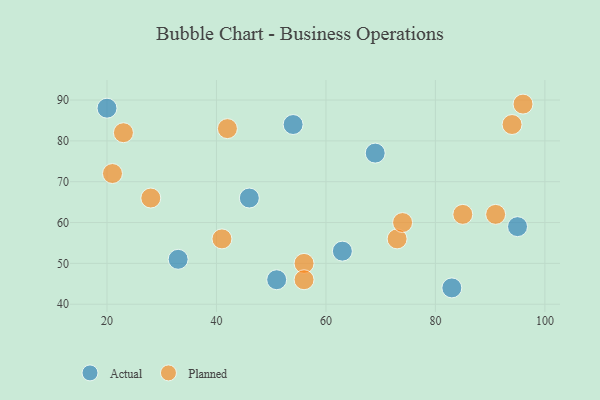
{"axis": {"x": "GDP", "y": "Life Expectancy"}, "legend": ["Actual", "Planned"], "data": [{"x": "51", "y": 46, "type": "Actual"}, {"x": "46", "y": 66, "type": "Actual"}, {"x": "83", "y": 44, "type": "Actual"}, {"x": "54", "y": 84, "type": "Actual"}, {"x": "20", "y": 88, "type": "Actual"}, {"x": "33", "y": 51, "type": "Actual"}, {"x": "95", "y": 59, "type": "Actual"}, {"x": "69", "y": 77, "type": "Actual"}, {"x": "63", "y": 53, "type": "Actual"}, {"x": "96", "y": 89, "type": "Planned"}, {"x": "73", "y": 56, "type": "Planned"}, {"x": "21", "y": 72, "type": "Planned"}, {"x": "41", "y": 56, "type": "Planned"}, {"x": "94", "y": 84, "type": "Planned"}, {"x": "56", "y": 50, "type": "Planned"}, {"x": "23", "y": 82, "type": "Planned"}, {"x": "56", "y": 46, "type": "Planned"}, {"x": "42", "y": 83, "type": "Planned"}, {"x": "91", "y": 62, "type": "Planned"}, {"x": "28", "y": 66, "type": "Planned"}, {"x": "74", "y": 60, "type": "Planned"}, {"x": "85", "y": 62, "type": "Planned"}]}